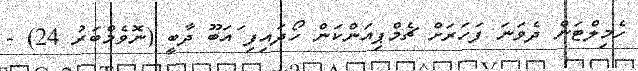
ހެމިލްޓަން ދެވަނަ ފަހަރަށް ޗެމްޕިއަންކަން ހޯދައިފި ައަބޫ ދާބީ (ނޮވެމްބަރު 24) -